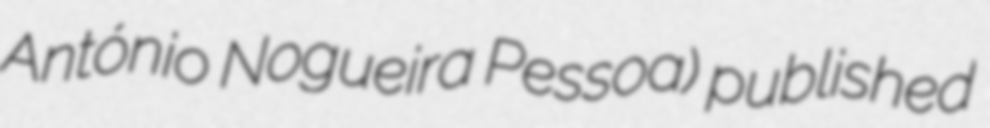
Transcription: António Nogueira Pessoa) published